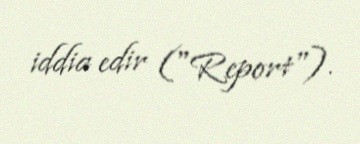
iddia edir ("Report").